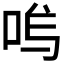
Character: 𭇩